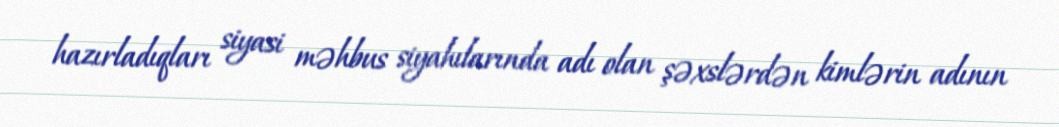
hazırladıqları siyasi məhbus siyahılarında adı olan şəxslərdən kimlərin adının